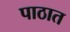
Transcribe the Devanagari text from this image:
पाठात